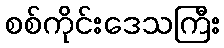
စစ်ကိုင်းဒေသကြီး